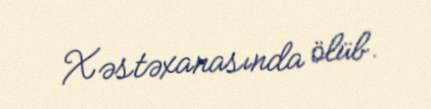
Xəstəxanasında ölüb.